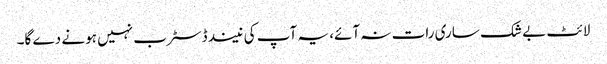
لائٹ بے شک ساری رات نہ آئے، یہ آپ کی نیند ڈسٹرب نہیں ہونے دے گا۔